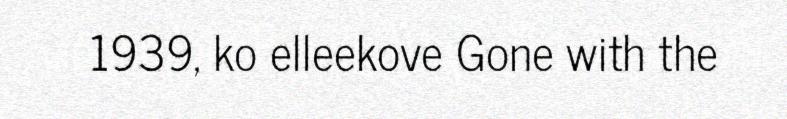
1939, ko elleekove Gone with the